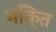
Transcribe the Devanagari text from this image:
भकि्‌त